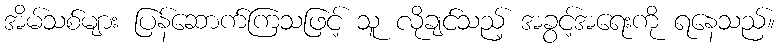
အိမ်သစ်များ ပြန်ဆောက်ကြသဖြင့် သူ လိုချင်သည့် အခွင့်အရေးကို ရနေသည်။